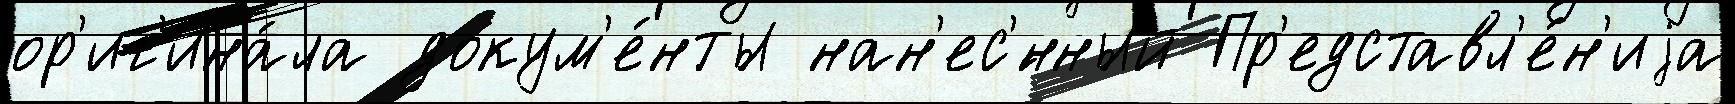
ор'иг'ина́ла докум'е́нты нан'ес'́нный Пр'едставл'е́н'иjа